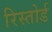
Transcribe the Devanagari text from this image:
रिस्तोर्ड